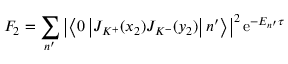
F _ { 2 } = \sum _ { n ^ { \prime } } \left| \left\langle 0 \left| J _ { K ^ { + } } ( x _ { 2 } ) J _ { K ^ { - } } ( y _ { 2 } ) \right| n ^ { \prime } \right\rangle \right| ^ { 2 } \mathrm { e } ^ { - E _ { n ^ { \prime } } \tau }